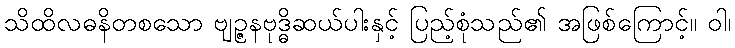
သိထိလဓနိတစသော ဗျဉ္ဇနဗုဒ္ဓိဆယ်ပါးနှင့် ပြည့်စုံသည်၏ အဖြစ်ကြောင့်။ ဝါ၊